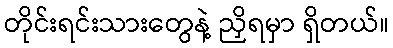
တိုင်းရင်းသားတွေနဲ့ ညှိရမှာ ရှိတယ်။